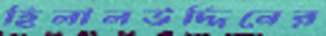
হিলালউদ্দিনের